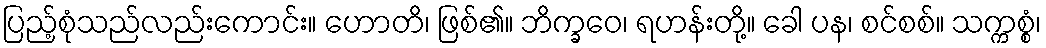
ပြည့်စုံသည်လည်းကောင်း။ ဟောတိ၊ ဖြစ်၏။ ဘိက္ခဝေ၊ ရဟန်းတို့။ ခေါ ပန၊ စင်စစ်။ သက္ကစ္စံ၊